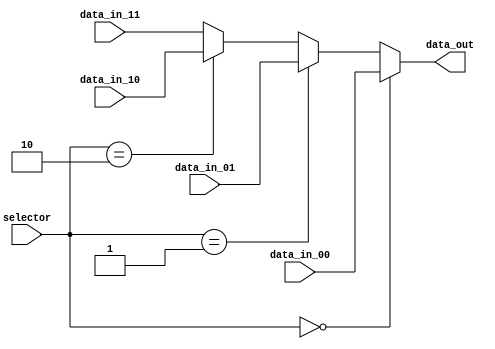
module mux4_1(selector, data_in_00, data_in_01, data_in_10, data_in_11, data_out);
   input [1:0]    selector;
   input [31:0]  data_in_00;
   input [31:0]  data_in_01;
   input [31:0]  data_in_10;
   input [31:0]  data_in_11;
   output [31:0] data_out;
   
   assign data_out = (selector == 2'b00) ? data_in_00 : 
                     (selector == 2'b01) ? data_in_01 : 
                     (selector == 2'b10) ? data_in_10 : 
                     data_in_11;
   
endmodule